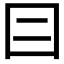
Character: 𡆤